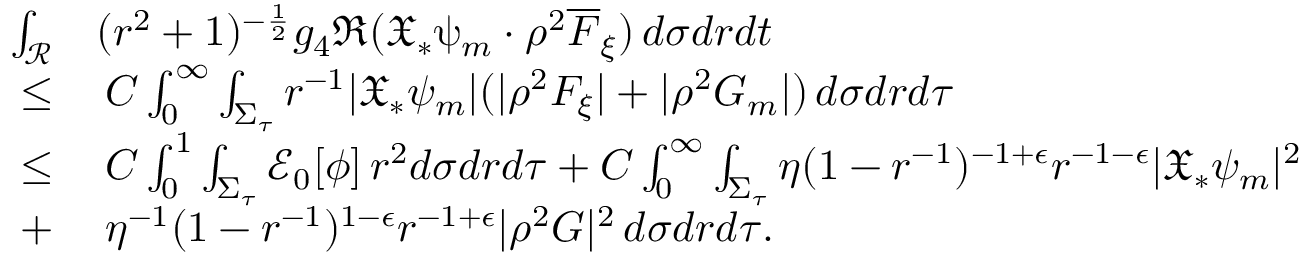
\begin{array} { r l } { \int _ { \mathcal { R } } } & { ( r ^ { 2 } + 1 ) ^ { - \frac { 1 } { 2 } } g _ { 4 } \Re ( { \mathfrak { X } } _ { * } \uppsi _ { m } \cdot \rho ^ { 2 } \overline { { F } } _ { \xi } ) \, d \sigma d r d t } \\ { \leq } & { \: C \int _ { 0 } ^ { \infty } \int _ { \Sigma _ { \tau } } r ^ { - 1 } | { \mathfrak { X } } _ { * } \psi _ { m } | ( | \rho ^ { 2 } F _ { \xi } | + | \rho ^ { 2 } G _ { m } | ) \, d \sigma d r d \tau } \\ { \leq } & { \: C \int _ { 0 } ^ { 1 } \int _ { \Sigma _ { \tau } } \mathcal { E } _ { 0 } [ \phi ] \, r ^ { 2 } d \sigma d r d \tau + C \int _ { 0 } ^ { \infty } \int _ { \Sigma _ { \tau } } \eta ( 1 - r ^ { - 1 } ) ^ { - 1 + \epsilon } r ^ { - 1 - \epsilon } | { \mathfrak { X } } _ { * } \psi _ { m } | ^ { 2 } } \\ { + } & { \: \eta ^ { - 1 } ( 1 - r ^ { - 1 } ) ^ { 1 - \epsilon } r ^ { - 1 + \epsilon } | \rho ^ { 2 } G | ^ { 2 } \, d \sigma d r d \tau . } \end{array}